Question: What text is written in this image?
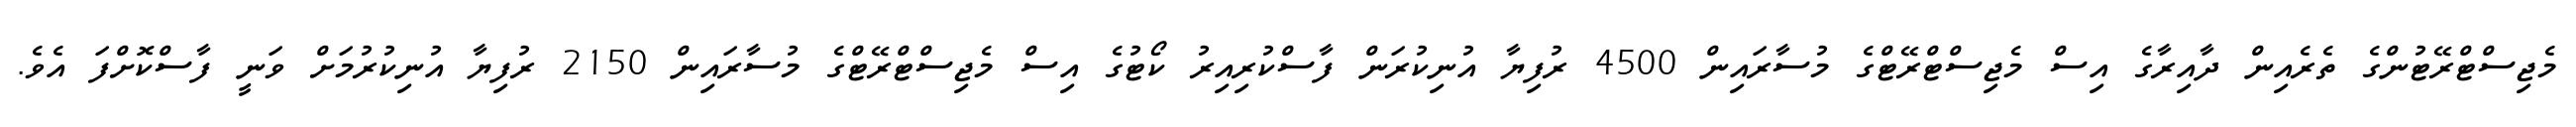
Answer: މެޖިސްޓްރޭޓުންގެ ތެރެއިން ދާއިރާގެ އިސް މެޖިސްޓްރޭޓްގެ މުސާރައިން 4500 ރުފިޔާ އުނިކުރަން ފާސްކުރިއިރު ކޯޓުގެ އިސް މެޖިސްޓްރޭޓްގެ މުސާރައިން 2150 ރުފިޔާ އުނިކުރުމަށް ވަނީ ފާސްކޮށްފަ އެވެ.